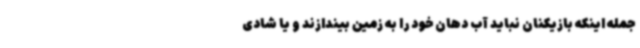
جمله اینکه بازیکنان نباید آب دهان خود را به زمین بیندازند و یا شادی